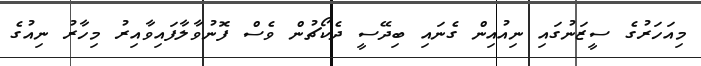
މިއަހަރުގެ ސީޒަނުގައި ނިއުއިން ގެނައި ބިދޭސީ ދެކޯޗުން ވެސް ފޮނުވާލާފައިވާއިރު މިހާރު ނިއުގެ